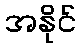
အနိုင်